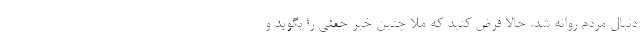
دنبال مردم روانه شد. حالا فرض كنید كه ملا چنین خبر جعلی را بگوید و